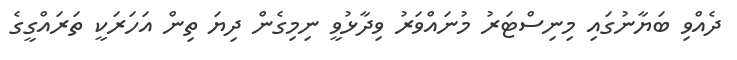
ދެއްވި ބަޔާނުގައި މިނިސްޓަރު މުނައްވަރު ވިދާޅުވީ ނިމިގެން ދިޔަ ތިން އަހަރަކީ ތަރައްގީގެ